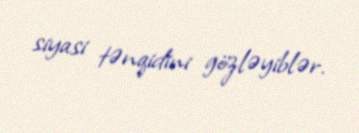
siyasi tənqidini gözləyiblər.